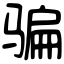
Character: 骗